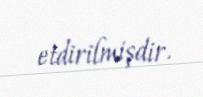
etdirilmişdir.